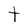
Character: t